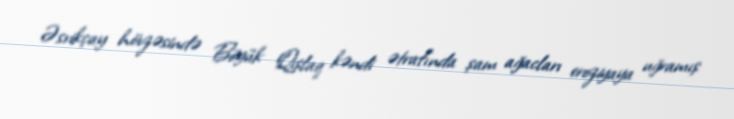
Əsrikçay hövzəsində Böyük Qışlaq kəndi ətrafında şam ağacları eroziyaya uğramış